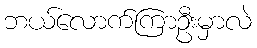
ဘယ်လောက်ကြာဦးမှာလဲ